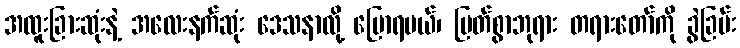
အထူးခြားဆုံးနဲ့ အလေးနက်ဆုံး ဒေသနာလို့ ပြောရမယ်၊ မြတ်စွာဘုရား တရားတော်ကို ခွဲခြမ်း